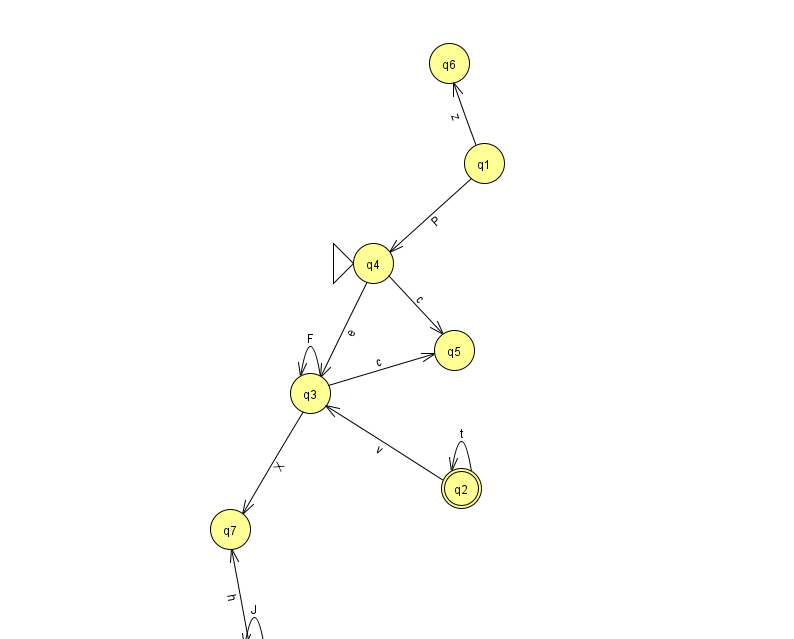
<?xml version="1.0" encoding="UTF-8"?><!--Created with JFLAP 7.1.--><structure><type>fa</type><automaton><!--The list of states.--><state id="0" name="q0"><x>254.0</x><y>651.0</y></state><state id="1" name="q1"><x>484.0</x><y>150.0</y></state><state id="2" name="q2"><x>461.0</x><y>475.0</y><final/></state><state id="3" name="q3"><x>310.0</x><y>380.0</y></state><state id="4" name="q4"><x>373.0</x><y>250.0</y><initial/></state><state id="5" name="q5"><x>454.0</x><y>337.0</y></state><state id="6" name="q6"><x>449.0</x><y>50.0</y></state><state id="7" name="q7"><x>230.0</x><y>516.0</y></state><!--The list of transitions.--><transition><from>2</from><to>3</to><read>v</read></transition><transition><from>1</from><to>6</to><read>z</read></transition><transition><from>2</from><to>2</to><read>t</read></transition><transition><from>3</from><to>7</to><read>X</read></transition><transition><from>4</from><to>5</to><read>c</read></transition><transition><from>1</from><to>4</to><read>P</read></transition><transition><from>3</from><to>3</to><read>F</read></transition><transition><from>0</from><to>7</to><read>h</read></transition><transition><from>0</from><to>0</to><read>J</read></transition><transition><from>3</from><to>5</to><read>c</read></transition><transition><from>4</from><to>3</to><read>e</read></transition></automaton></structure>